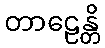
တာဠေန္တိ